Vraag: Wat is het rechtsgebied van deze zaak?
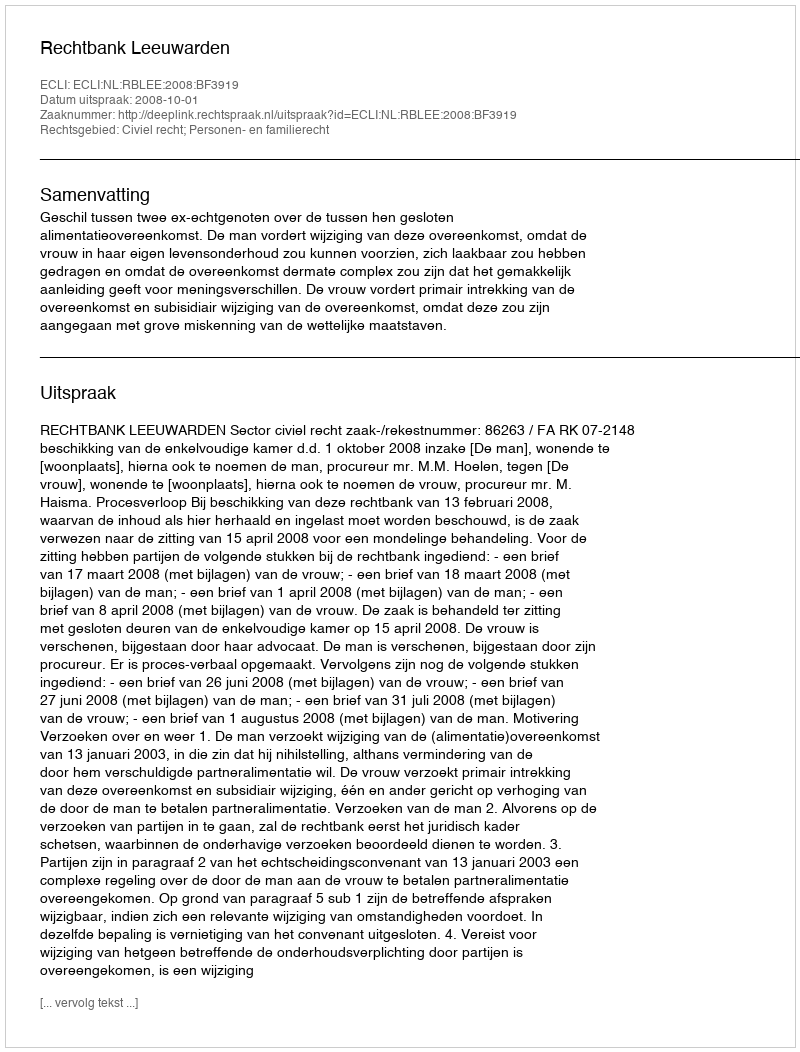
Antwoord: Civiel recht; Personen- en familierecht